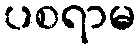
ပစရာမ